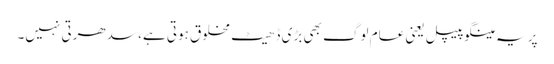
پر یہ مینگو پیپل یعنی عام لوگ بھی بڑی ڈھیٹ مخلوق ہوتی ہے، سدھرتی نہیں۔